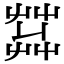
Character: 𦱠